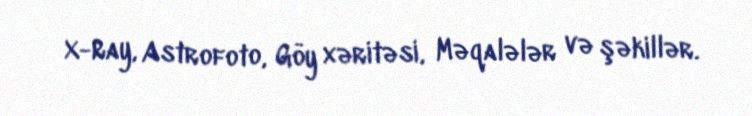
X-Ray, Astrofoto, Göy xəritəsi, Məqalələr və şəkillər.